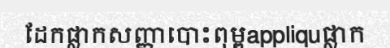
ដែកផ្លាកសញ្ញាបោះពុម្ពappliquផ្លាក